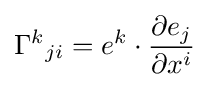
{\Gamma ^{k}}_{ji}=e^{k}\cdot {\frac {\partial e_{j}}{\partial x^{i}}}